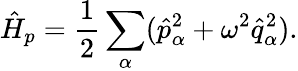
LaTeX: \hat{H}_{p}=\frac{1}{2}\sum_{\alpha}(\hat{p}_{\alpha}^{2}+\omega^{2}\hat{q}_{\alpha}^{2}).